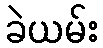
ခဲယမ်း